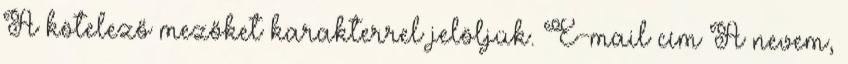
A kötelező mezőket karakterrel jelöljük. E-mail cím A nevem,